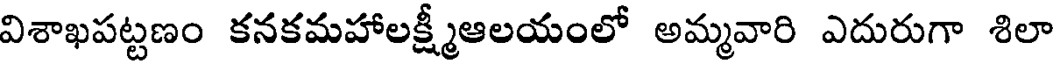
విశాఖపట్టణం కనకమహాలక్ష్మీఆలయంలో అమ్మవారి ఎదురుగా శిలా